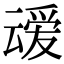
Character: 叆